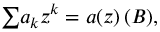
{ \textstyle \sum } a _ { k } z ^ { k } = a ( z ) \, ( \boldsymbol B ) ,